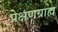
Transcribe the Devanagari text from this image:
प्रेक्षणग्राह्य